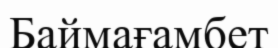
Баймағамбет